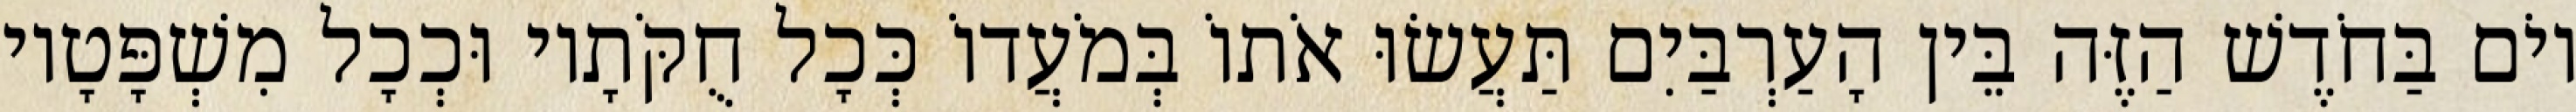
יוֹם בַּחֹדֶשׁ הַזֶּה בֵּין הָעַרְבַּיִם תַּעֲשׂוּ אֹתוֹ בְּמֹעֲדוֹ כְּכָל חֻקֹּתָיו וּכְכָל מִשְׁפָּטָיו